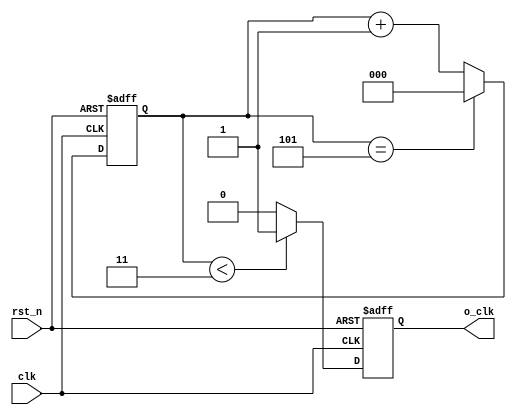
`timescale 1ns / 1ps
module clk_gen(
  input  clk,
   input  rst_n,
   output o_clk
 );
 
 parameter WIDTH = 3;
 parameter N     = 6;
 
 reg [WIDTH-1:0] cnt_p;
 reg [WIDTH-1:0] cnt_n;
 reg             clk_p;
 reg             clk_n;
 
 assign o_clk = (N == 1) ? clk :
                (N[0])   ? (clk_p | clk_n) : (clk_p);
         
 always@(posedge clk or negedge rst_n) begin
   if (!rst_n)
     cnt_p <= 0;
   else if (cnt_p == (N-1))
     cnt_p <= 0;
   else
     cnt_p <= cnt_p + 1;
 end
 
 always@(posedge clk or negedge rst_n) begin
   if (!rst_n) 
     clk_p <= 1;
   else if (cnt_p < (N>>1))
     clk_p <= 1;
   else
     clk_p <= 0;    
 end
 
 always@(negedge clk or negedge rst_n) begin
   if (!rst_n)
     cnt_n <= 0;
   else if (cnt_n == (N-1))
     cnt_n <= 0;
   else
     cnt_n <= cnt_n + 1;
 end
 
 always@(negedge clk or negedge rst_n) begin
   if (!rst_n)
     clk_n <= 1;
   else if (cnt_n < (N>>1))
     clk_n <= 1;
   else
     clk_n <= 0;
 end
 
 endmodule